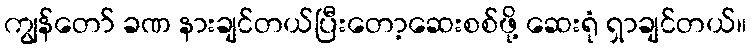
ကျွန်တော် ခဏ နားချင်တယ်ပြီးတော့ဆေးစစ်ဖို့ ဆေးရုံ ရှာချင်တယ်။